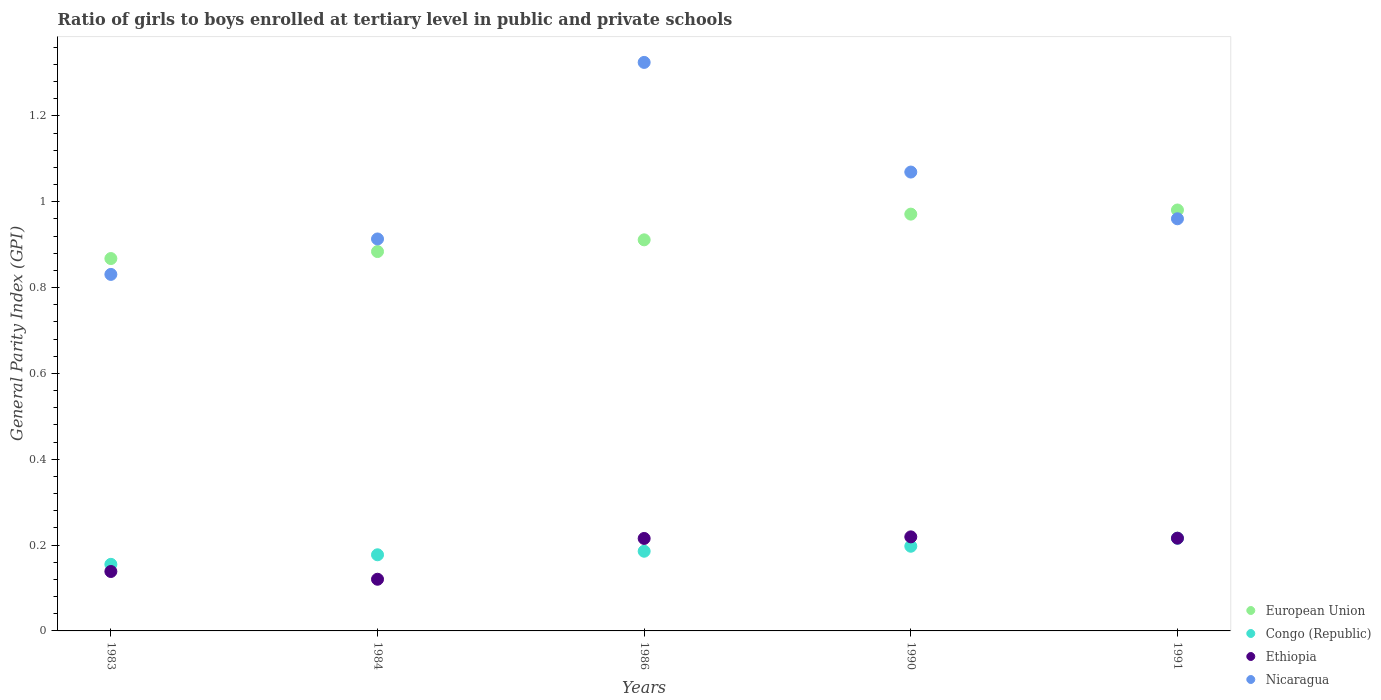
| Years | European Union | Congo (Republic) | Ethiopia | Nicaragua |
 | --- | --- | --- | --- | --- |
 | 1983 | 0.868 | 0.155 | 0.139 | 0.831 |
 | 1984 | 0.884 | 0.177 | 0.12 | 0.913 |
 | 1986 | 0.911 | 0.186 | 0.215 | 1.32 |
 | 1990 | 0.971 | 0.197 | 0.219 | 1.07 |
 | 1991 | 0.981 | 0.216 | 0.216 | 0.96 |